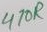
Text: 470R